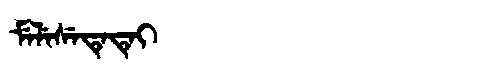
Manchu: ᠮᡝᠯᡝᠰᡝᡨᡝᡨᡝᡳ
Romanization: MELESETETEI